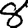
Digit: 8